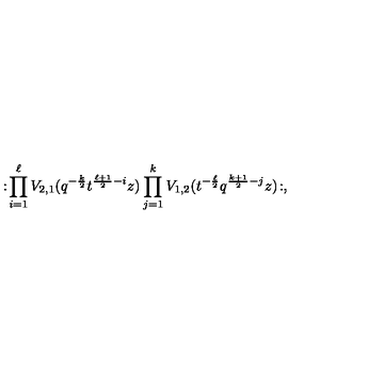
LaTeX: : \! \prod _ { i = 1 } ^ { \ell } V _ { 2 , 1 } ( q ^ { - \frac { k } { 2 } } t ^ { \frac { \ell + 1 } { 2 } - i } z ) \prod _ { j = 1 } ^ { k } V _ { 1 , 2 } ( t ^ { - \frac { \ell } { 2 } } q ^ { \frac { k + 1 } { 2 } - j } z ) \! : ,